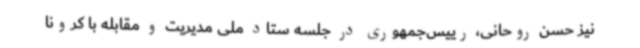
نیز حسن روحانی، رییس‌جمهوری در جلسه ستاد ملی مدیریت و مقابله با کرونا